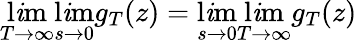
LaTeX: \operatorname*{l\mathit{i}m}_{T\to\infty}\operatorname*{l\mathit{i}m}_{s\to0}g_{T}(z)=\operatorname*{l\mathit{i}m}_{s\to0}\operatorname*{l\mathit{i}m}_{T\to\infty}g_{T}(z)